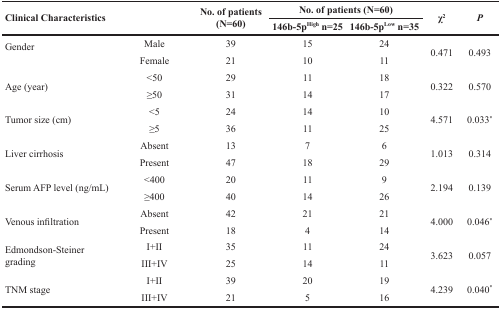
| <ROWSPAN=2-COLSPAN=2> Clinical Characteristics | <ROWSPAN=2> No. of patients (N=60) | <COLSPAN=2> No. of patients (N=60) | <ROWSPAN=2> χ2 | <ROWSPAN=2> P |
 | 146b-5pHighn=25 | 146b-5pLow n=35 |
 | --- | --- | --- | --- | --- | --- | --- |
 | <ROWSPAN=2> Gender | Male | 39 | 15 | 24 | <ROWSPAN=2> 0.471 | <ROWSPAN=2> 0.493 |
 | Female | 21 | 10 | 11 |
 | <ROWSPAN=2> Age (year) | <50 | 29 | 11 | 18 | <ROWSPAN=2> 0.322 | <ROWSPAN=2> 0.570 |
 | ≥50 | 31 | 14 | 17 |
 | <ROWSPAN=2> Tumor size (cm) | <5 | 24 | 14 | 10 | <ROWSPAN=2> 4.571 | <ROWSPAN=2> 0.033* |
 | ≥5 | 36 | 11 | 25 |
 | <ROWSPAN=2> Liver cirrhosis | Absent | 13 | 7 | 6 | <ROWSPAN=2> 1.013 | <ROWSPAN=2> 0.314 |
 | Present | 47 | 18 | 29 |
 | <ROWSPAN=2> Serum AFP level (ng/mL) | <400 | 20 | 11 | 9 | <ROWSPAN=2> 2.194 | <ROWSPAN=2> 0.139 |
 | ≥400 | 40 | 14 | 26 |
 | <ROWSPAN=2> Venous infiltration | Absent | 42 | 21 | 21 | <ROWSPAN=2> 4.000 | <ROWSPAN=2> 0.046* |
 | Present | 18 | 4 | 14 |
 | <ROWSPAN=2> Edmondson-Steiner grading | I+II | 35 | 11 | 24 | <ROWSPAN=2> 3.623 | <ROWSPAN=2> 0.057 |
 | III+IV | 25 | 14 | 11 |
 | <ROWSPAN=2> TNM stage | I+II | 39 | 20 | 19 | <ROWSPAN=2> 4.239 | <ROWSPAN=2> 0.040* |
 | III+IV | 21 | 5 | 16 |